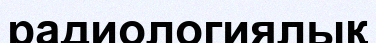
радиологиялық